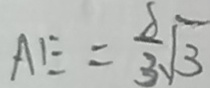
A E = \frac { 8 } { 3 } \sqrt { 3 }